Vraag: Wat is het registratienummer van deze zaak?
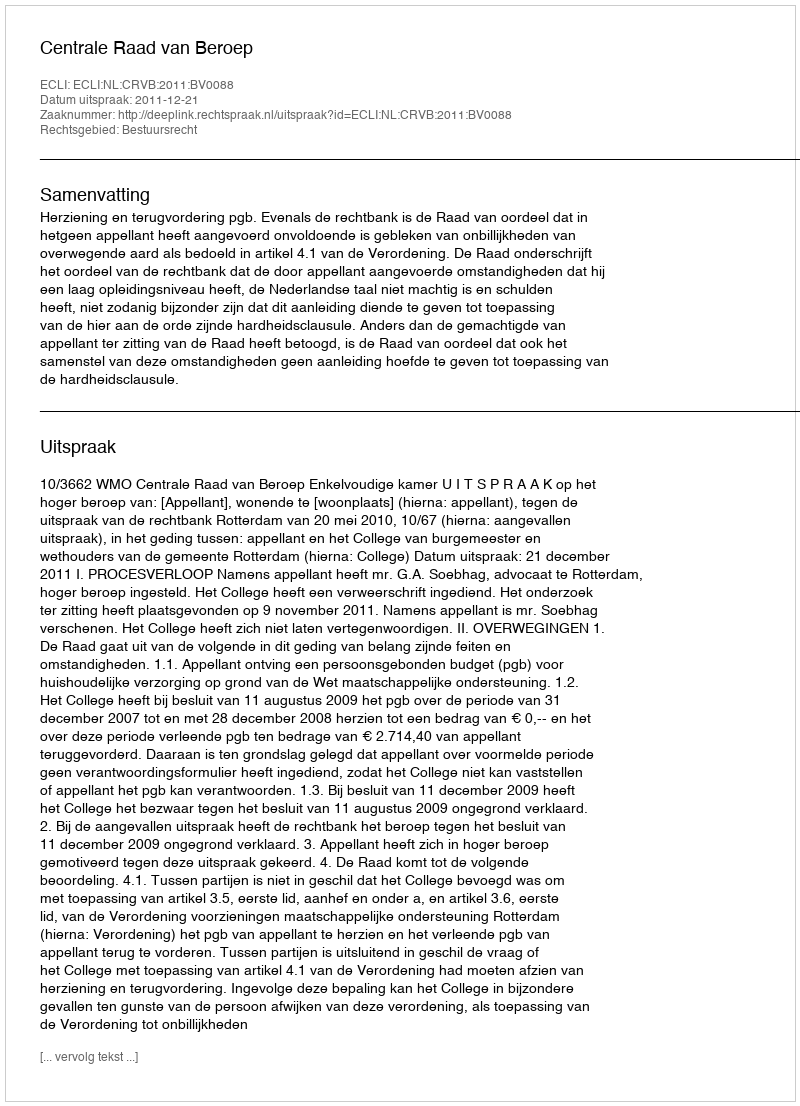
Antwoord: http://deeplink.rechtspraak.nl/uitspraak?id=ECLI:NL:CRVB:2011:BV0088